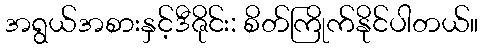
အရွယ်အစားနှင့်ဒီဇိုင်း: စိတ်ကြိုက်နိုင်ပါတယ်။